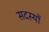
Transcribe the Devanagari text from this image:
सदस्याें